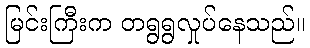
မြင်းကြီးက တရွရွလှုပ်နေသည်။